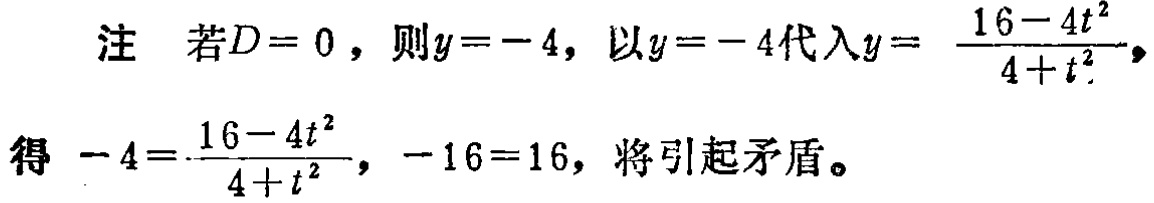
注 若\(D = 0\)，则\(y = - 4\)，以\(y = - 4\)代入\(y = \frac{16 - 4t^{2}}{4 + t^{2}}\)，得\(- 4 = \frac{16 - 4t^{2}}{4 + t^{2}}\)，\(- 16 = 16\)，将引起矛盾。